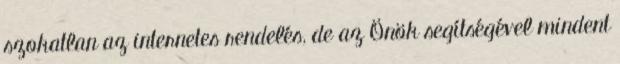
szokatlan az internetes rendelés, de az Önök segítségével mindent